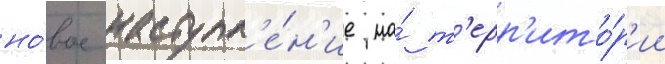
но́вое наступл'е́н'ие на́ т'ерр'ито́р'ии